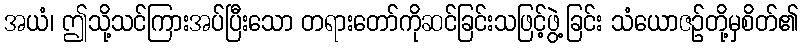
အယံ၊ ဤသို့သင်ကြားအပ်ပြီးသော တရားတော်ကိုဆင်ခြင်းသဖြင့်ဖွဲ့ခြင်း သံယောဇဉ်တို့မှစိတ်၏